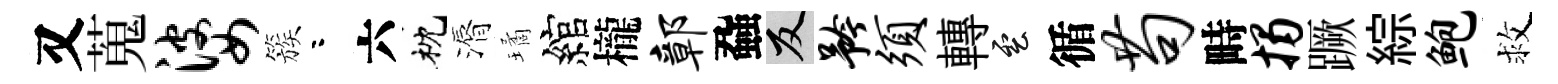
又蒐婆簇咯六枕漘璚綰櫳鄣蝨反矜须轉雲循苟畤揭蹶綜鲍救